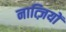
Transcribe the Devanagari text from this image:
नात्ज़ियों